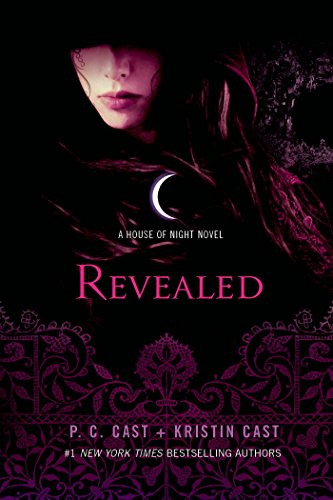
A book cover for Revealed: A House of Night Novel (House of Night Novels); P. C. Cast; Teen & Young Adult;